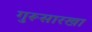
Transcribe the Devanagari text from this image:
गुरूसारखा